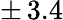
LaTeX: \pm\, 3.4